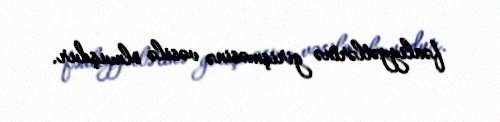
fəaliyyətlərinə girişməsinə vəsilə olmuşdur.